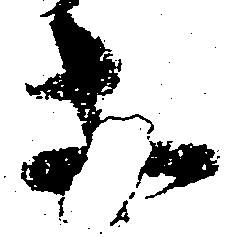
等